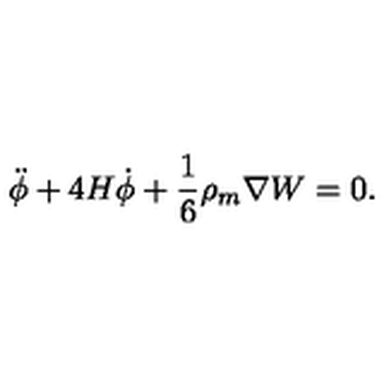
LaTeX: \ddot { \phi } + 4 H \dot { \phi } + \frac { 1 } { 6 } \rho _ { m } \nabla W = 0 .